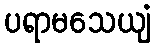
ပရာမသေယျံ